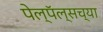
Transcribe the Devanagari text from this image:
पेल्पॅल्सच्या